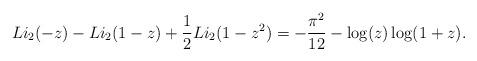
LaTeX: \begin{align*} Li_2(-z) - Li_2(1-z) + \frac{1}{2} Li_2(1- z^2) = - \frac{\pi^2}{12} - \log(z) \log(1+z).\end{align*}